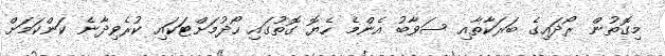
މިގޮތުން ރޯދައިގެ ބަރަކާތާއި ސަވާބު އެންމެ ހެޔޮ ގޮތުގައި ހޯދުމަށްޓަކައި ކުރެވިދާނެ ކަންކަމަށް